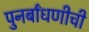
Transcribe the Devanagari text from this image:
पुनर्बांधणीची